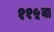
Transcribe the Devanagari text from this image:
११५वा